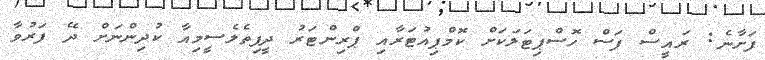
ފަށާނެ: ރައީސް ފަސް ހޮސްޕިޓަލަކަށް ކޮމްޕިއުޓަރާއި ޕްރިންޓަރު ދީފިތެލެސީމިއާ ކުދިންނަށް ދޭ ފަރުވާ